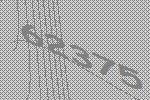
62375